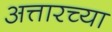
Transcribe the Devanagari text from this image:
अत्तारच्या